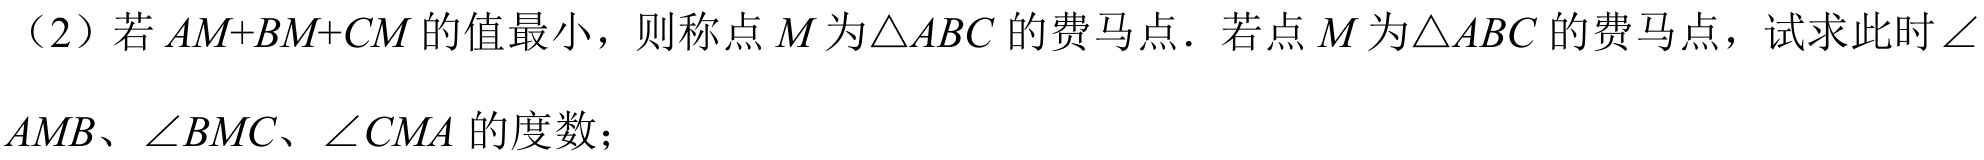
（2）若\(AM + BM+CM\)的值最小，则称点\(M\)为\(\triangle ABC\)的费马点．若点\(M\)为\(\triangle ABC\)的费马点，试求此时\(\angle AMB\)、\(\angle BMC\)、\(\angle CMA\)的度数；